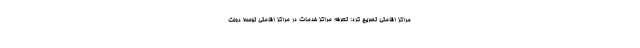
مراکز اقامتی تصریح کرد: تعرفه مراکز خدمات در مراکز اقامتی توسط دولت